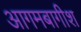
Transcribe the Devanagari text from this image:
आगमबागीश